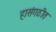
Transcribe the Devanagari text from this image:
हासंगठीत